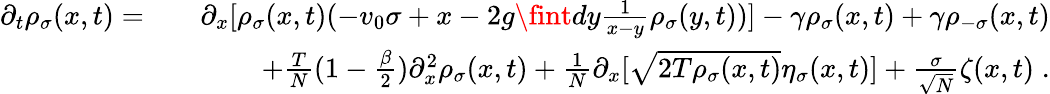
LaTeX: \begin{array}{rlr}{\partial_{t}\rho_{\sigma}(x,t)=}&{}&{\partial_{x}[\rho_{\sigma}(x,t)(-v_{0}\sigma+x-2g\fint dy\frac{1}{x-y}\rho_{\sigma}(y,t))]-\gamma\rho_{\sigma}(x,t)+\gamma\rho_{-\sigma}(x,t)}\\ &{}&{+\frac{T}{N}(1-\frac{\beta}{2})\partial_{x}^{2}\rho_{\sigma}(x,t)+\frac{1}{N}\partial_{x}[\sqrt{2T\rho_{\sigma}(x,t)}\eta_{\sigma}(x,t)]+\frac{\sigma}{\sqrt{N}}\zeta(x,t)\; .}\end{array}